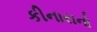
કીનારાનો